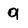
Character: q